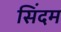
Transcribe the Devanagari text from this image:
सिंदम